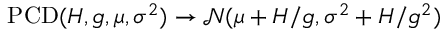
\operatorname { P C D } ( H , g , \mu , \sigma ^ { 2 } ) \to \mathcal N ( \mu + H / g , \sigma ^ { 2 } + H / g ^ { 2 } )